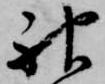
神